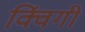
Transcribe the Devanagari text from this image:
क्विंगी